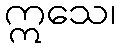
ဣသေ၊